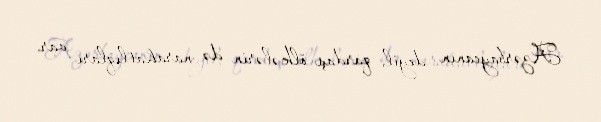
Azərbaycanın deyil, qardaş ölkələrin də narahatlıqları var.